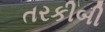
તરકીબી